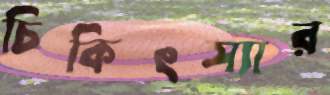
চিকিৎস্যার